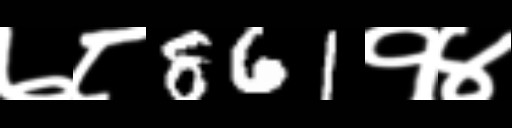
Text: ७८861१४